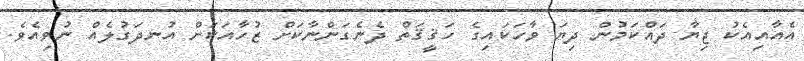
އެއާއިއެކު ޖިޔާ ދައްކަމުން ދިޔަ ވާހަކައިގެ ހަޤީޤަތް ދެނެގަންނާކަށް ޒުހާއަކަށް އުނދަގުލެއް ނުވިއެވެ.